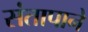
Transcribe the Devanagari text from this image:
संतापाने